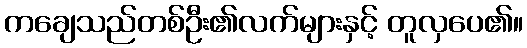
ကချေသည်တစ်ဦး၏လက်များနှင့် တူလှပေ၏။